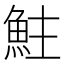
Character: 𩶃